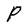
Character: P